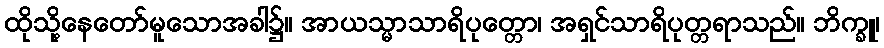
ထိုသို့နေတော်မူသောအခါ၌။ အာယသ္မာသာရိပုတ္တော၊ အရှင်သာရိပုတ္တရာသည်။ ဘိက္ခူ၊